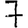
Digit: 7